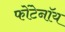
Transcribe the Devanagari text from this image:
फोंटेनॉय